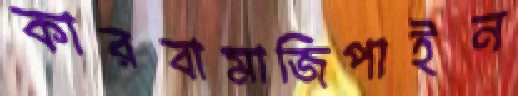
কারবামাজিপাইন